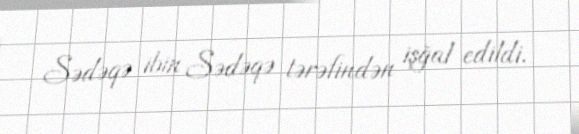
Sədəqə ibin Sədəqə tərəfindən işğal edildi.